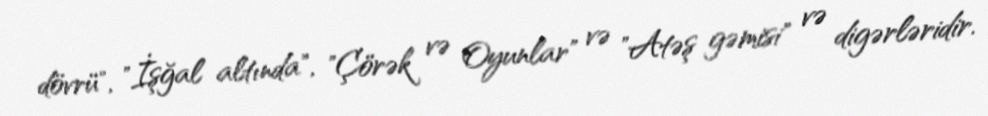
dövrü", "İşğal altında", "Çörək və Oyunlar" və "Atəş gəmisi" və digərləridir.